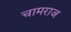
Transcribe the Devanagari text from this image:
चामराज